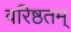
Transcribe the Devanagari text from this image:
वरिष्ठतम्